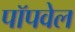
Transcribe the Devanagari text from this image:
पॉपवेल